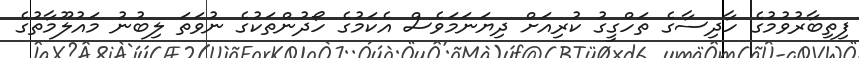
ފިތިބާރުވުމުގެ ހާދިސާގެ ތަހްގީގު ކުރިއަށް ދިޔަނަމަވެސް އެކަމުގެ ހޯދުންތަކުގެ ނުވަތަ ލިބުނު މައުލޫމާތުގެ